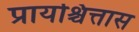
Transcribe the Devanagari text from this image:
प्रायश्चित्तास